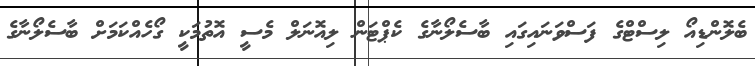
ބެލޮންޑިއޯ ލިސްޓްގެ ފަސްވަނައިގައި ބާސެލޯނާގެ ކެޕްޓަން ލިއޮނަލް މެސީ އޮތުމަކީ ގޯހެއްކަމަށް ބާސެލޯނާގެ